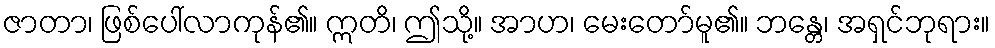
ဇာတာ၊ ဖြစ်ပေါ်လာကုန်၏။ ဣတိ၊ ဤသို့။ အာဟ၊ မေးတော်မူ၏။ ဘန္တေ၊ အရှင်ဘုရား။